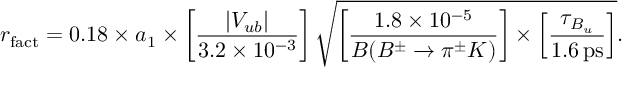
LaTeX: r _ { \mathrm { f a c t } } = 0 . 1 8 \times a _ { 1 } \times \left[ \frac { | V _ { u b } | } { 3 . 2 \times 1 0 ^ { - 3 } } \right] \sqrt { \left[ \frac { 1 . 8 \times 1 0 ^ { - 5 } } { B ( B ^ { \pm } \to \pi ^ { \pm } K ) } \right] \times \left[ \frac { \tau _ { B _ { u } } } { 1 . 6 \, \mathrm { p s } } \right] } .